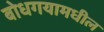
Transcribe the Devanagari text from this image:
बोधगयामधील